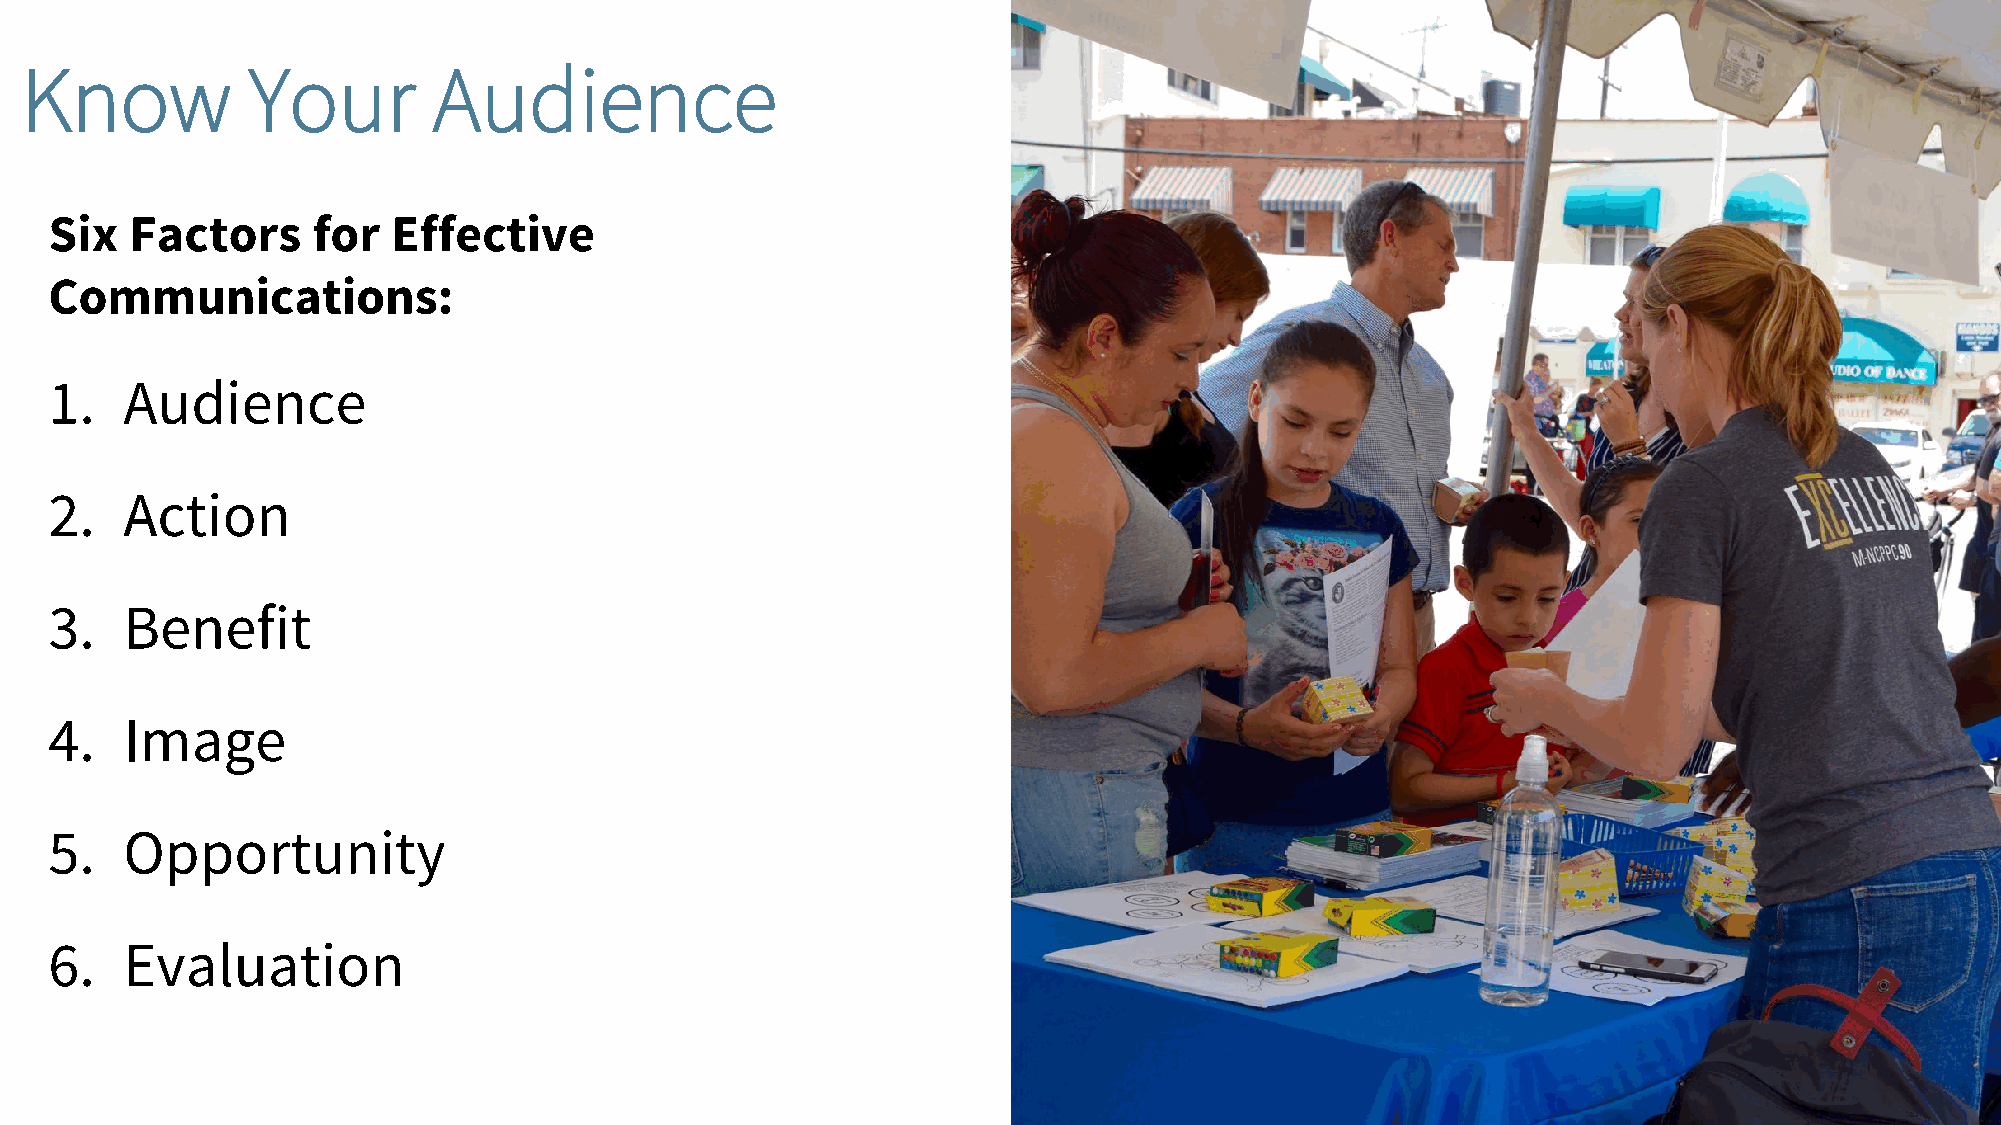
Know           Your         Audience
 Six   Factors     for  Effective
 Communications:
 1.   Audience
 2.   Action
 3.   Benefit
 4.   Image
 5.   Opportunity
 6.   Evaluation